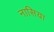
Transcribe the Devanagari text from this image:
नासिया